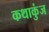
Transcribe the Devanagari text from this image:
कथाकुंज